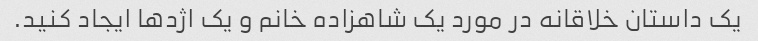
یک داستان خلاقانه در مورد یک شاهزاده خانم و یک اژدها ایجاد کنید.